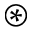
\circledast